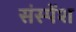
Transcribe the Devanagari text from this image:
संस्‍पेंश